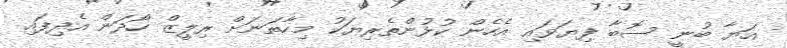
އަޔާ ބުނީ ސޮބާ ފިޔަވައި އެހެން ކުޅުންތެރިޔަކު މިހާތަނަށް ރިލީޒް ހޯދަން އެދިފައި